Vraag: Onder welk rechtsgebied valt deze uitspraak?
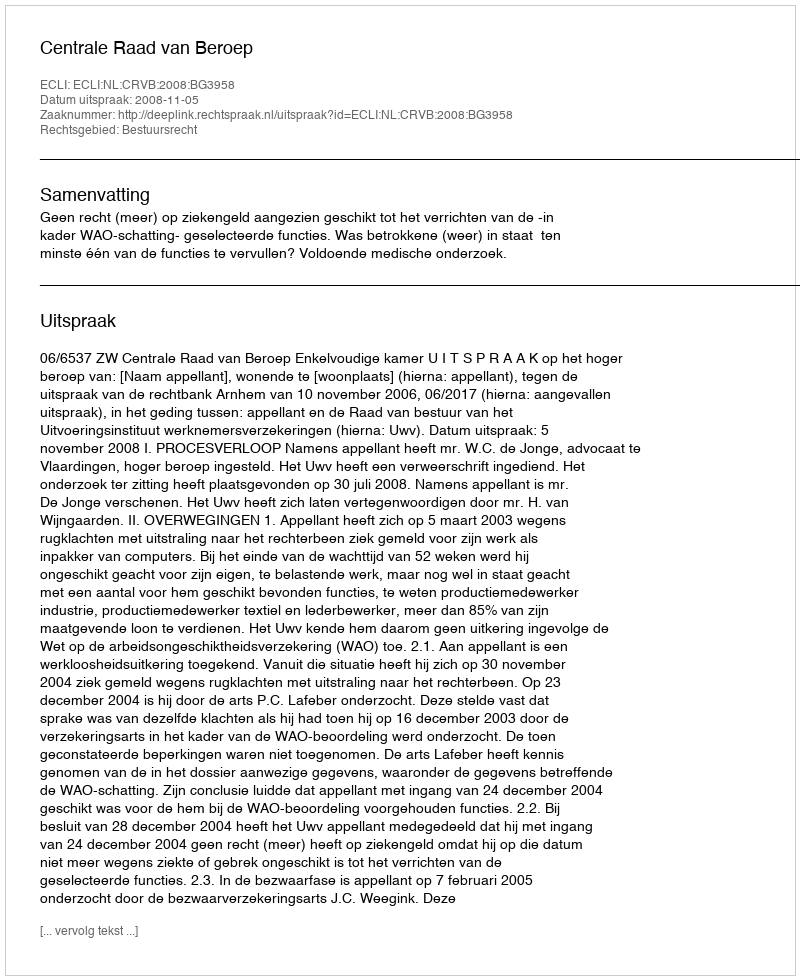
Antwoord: Bestuursrecht